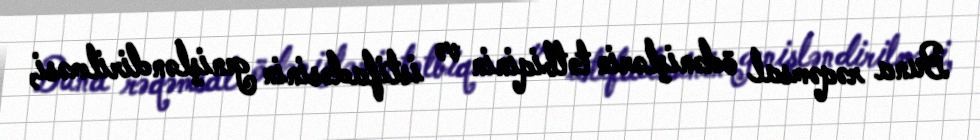
Buna rəqəmsal ödənişlərin tətbiqinin və istifadəsinin genişləndirilməsi,